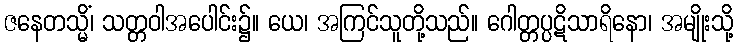
ဇနေတသ္မိံ၊ သတ္တဝါအပေါင်း၌။ ယေ၊ အကြင်သူတို့သည်။ ဂေါတ္တပ္ပဋိသာရိနော၊ အမျိုးသို့